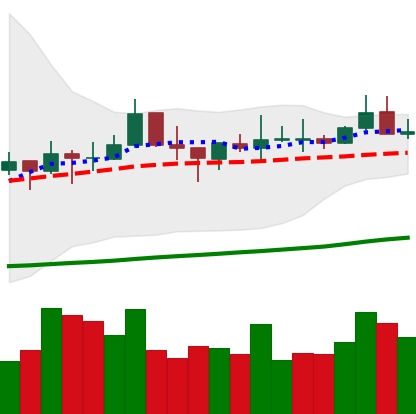
Ticker: TRX-USD
Chart end date: 2021-10-22
Forward return: -9.136%
Label: down_7plus